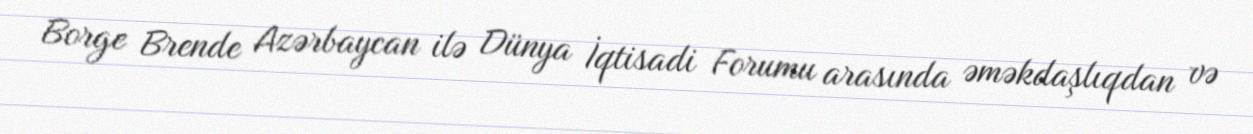
Borge Brende Azərbaycan ilə Dünya İqtisadi Forumu arasında əməkdaşlıqdan və